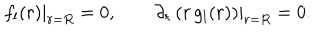
\left. f _ { l } ( r ) \right| _ { r = R } = 0 , \qquad \left. \partial _ { r } \left( r \, g _ { l } ( r ) \right) \right| _ { r = R } = 0 .